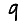
Digit: 9